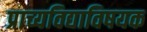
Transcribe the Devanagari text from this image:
प्राच्यविद्याविषयक